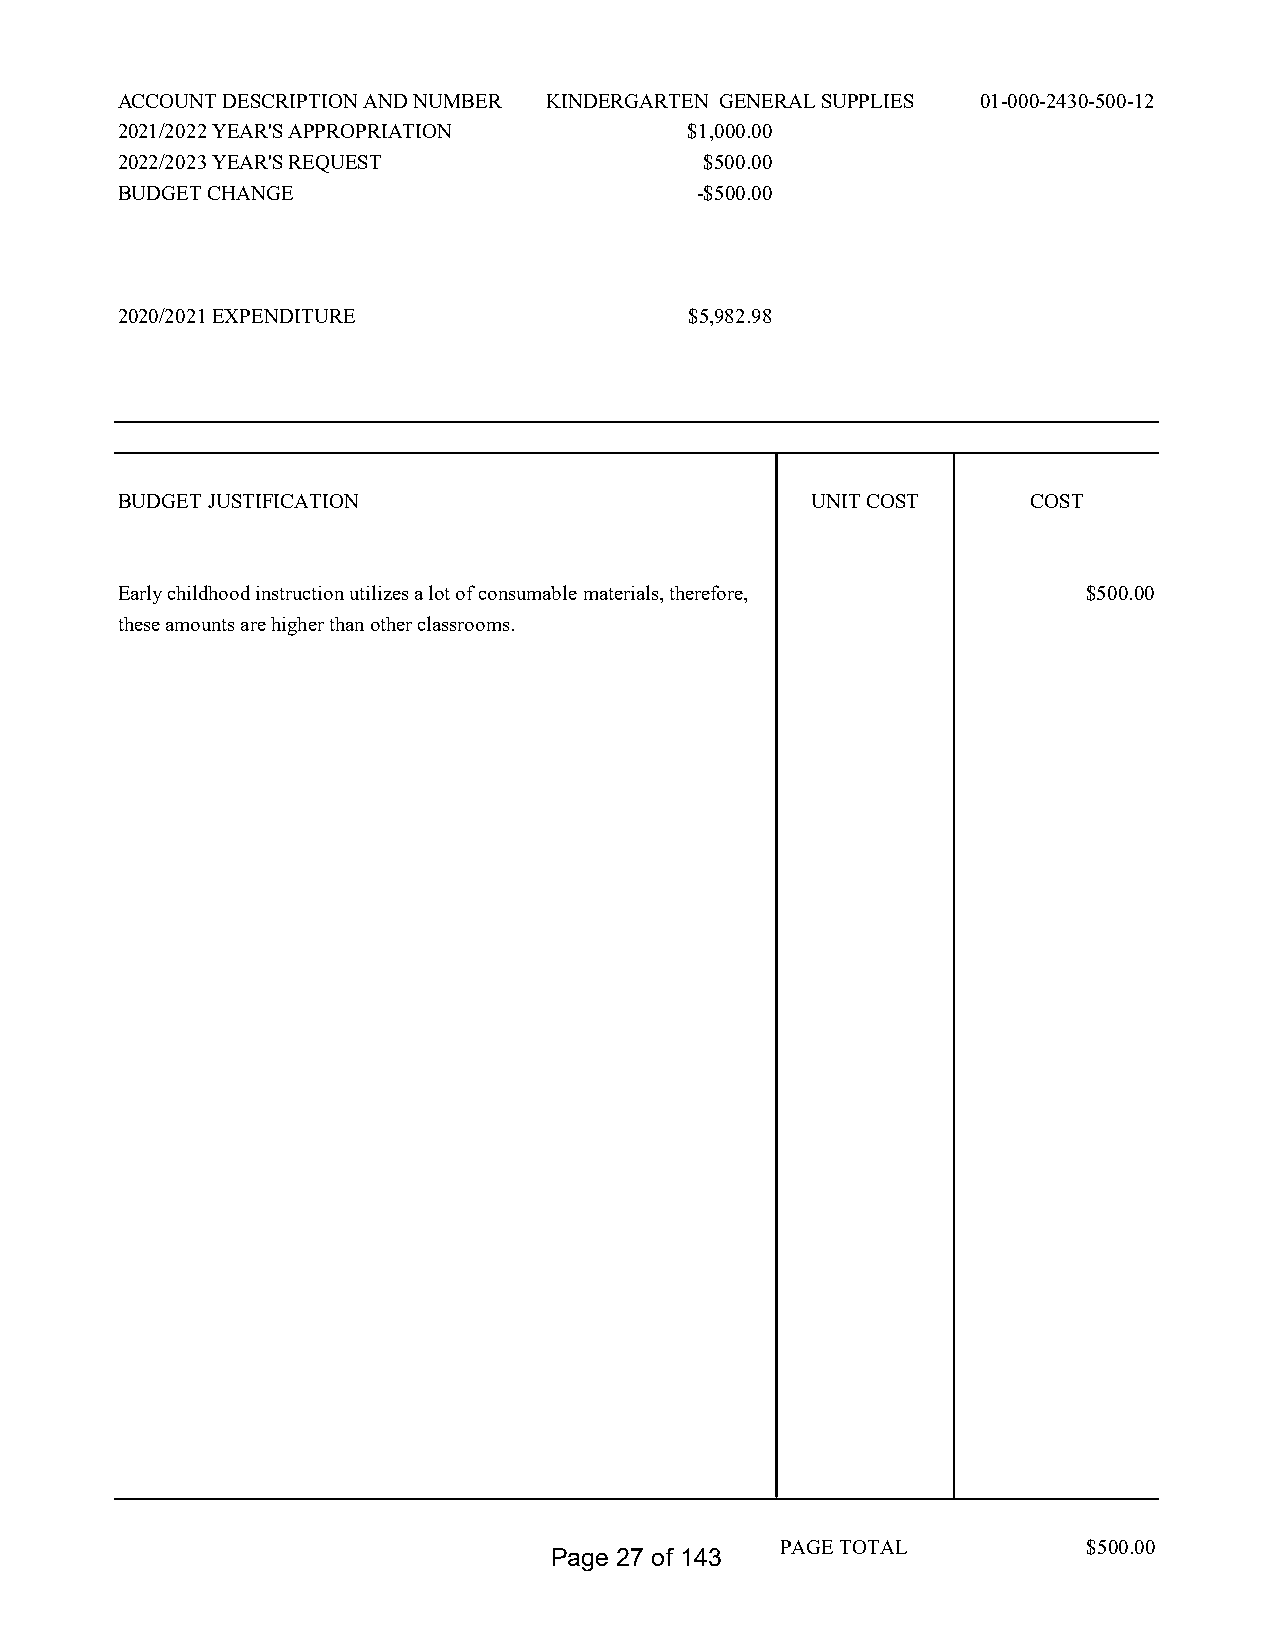
ACCOUNT DESCRIPTION AND NUMBER KINDERGARTEN GENERAL SUPPLIES 01-000-2430-500-12
 2021/2022 YEAR'S APPROPRIATION        $1,000.00
 2022/2023 YEAR'S REQUEST               $500.00
 BUDGET CHANGE                         -$500.00
 2020/2021 EXPENDITURE                 $5,982.98
 BUDGET JUSTIFICATION                          UNIT COST     COST
 Early childhood instruction utilizes a lot of consumable materials, therefore, $500.00
 these amounts are higher than other classrooms.
 PAGE TOTAL          $500.00
 Page 27 of 143